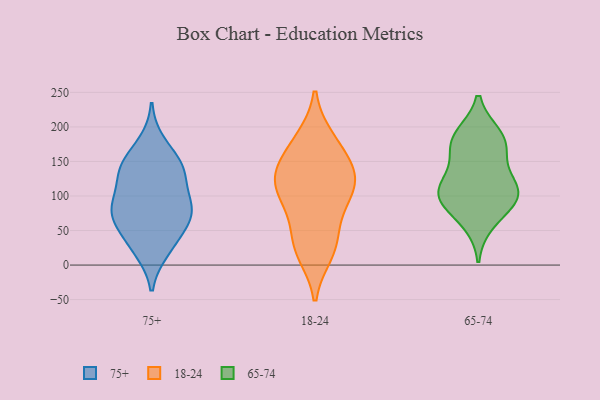
{"axis": {"x": "Gross Profit (USD K)", "y": "Value"}, "legend": ["18-24", "65-74", "75+"], "data": [{"x": "", "y": 61, "type": "75+"}, {"x": "", "y": 144, "type": "75+"}, {"x": "", "y": 117, "type": "75+"}, {"x": "", "y": 92, "type": "75+"}, {"x": "", "y": 80, "type": "75+"}, {"x": "", "y": 21, "type": "75+"}, {"x": "", "y": 47, "type": "75+"}, {"x": "", "y": 77, "type": "75+"}, {"x": "", "y": 80, "type": "75+"}, {"x": "", "y": 78, "type": "75+"}, {"x": "", "y": 139, "type": "75+"}, {"x": "", "y": 25, "type": "75+"}, {"x": "", "y": 141, "type": "75+"}, {"x": "", "y": 141, "type": "75+"}, {"x": "", "y": 177, "type": "75+"}, {"x": "", "y": 109, "type": "18-24"}, {"x": "", "y": 150, "type": "18-24"}, {"x": "", "y": 178, "type": "18-24"}, {"x": "", "y": 70, "type": "18-24"}, {"x": "", "y": 27, "type": "18-24"}, {"x": "", "y": 120, "type": "18-24"}, {"x": "", "y": 32, "type": "18-24"}, {"x": "", "y": 93, "type": "18-24"}, {"x": "", "y": 182, "type": "18-24"}, {"x": "", "y": 18, "type": "18-24"}, {"x": "", "y": 130, "type": "18-24"}, {"x": "", "y": 115, "type": "18-24"}, {"x": "", "y": 138, "type": "18-24"}, {"x": "", "y": 102, "type": "65-74"}, {"x": "", "y": 188, "type": "65-74"}, {"x": "", "y": 187, "type": "65-74"}, {"x": "", "y": 121, "type": "65-74"}, {"x": "", "y": 61, "type": "65-74"}, {"x": "", "y": 98, "type": "65-74"}, {"x": "", "y": 168, "type": "65-74"}, {"x": "", "y": 121, "type": "65-74"}, {"x": "", "y": 92, "type": "65-74"}, {"x": "", "y": 168, "type": "65-74"}, {"x": "", "y": 98, "type": "65-74"}]}